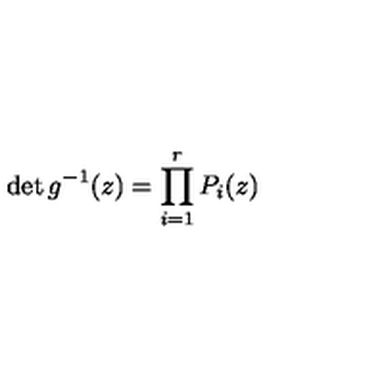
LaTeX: \det g ^ { - 1 } ( z ) = \prod _ { i = 1 } ^ { r } P _ { i } ( z )